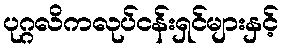
ပုဂ္ဂလိကလုပ်ငန်းရှင်များနှင့်